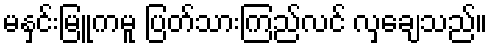
မနှင်းမြူကမူ ပြတ်သားကြည်လင် လှချေသည်။